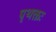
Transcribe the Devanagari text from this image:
पृथक्तः